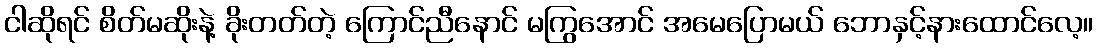
ငါဆိုရင် စိတ်မဆိုးနဲ့ ခိုးတတ်တဲ့ ကြောင်ညီနောင် မကြွအောင် အမေပြောမယ် ဘောနှင့်နားထောင်လေ့။